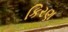
કિરણ